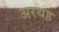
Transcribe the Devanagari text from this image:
अरथह